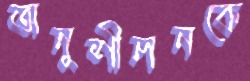
অনুশীলনকে